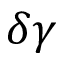
\delta \gamma